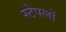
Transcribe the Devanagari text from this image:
स्टेपलों